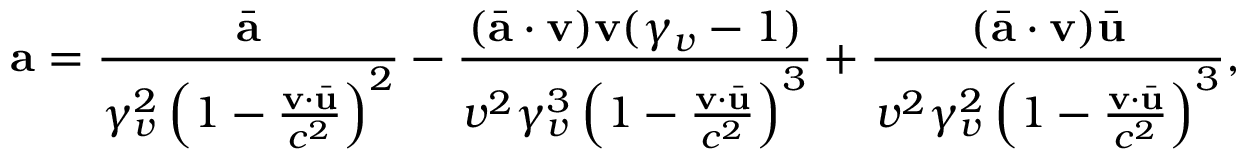
\mathbf { a } = \frac { \bar { \mathbf { a } } } { \gamma _ { v } ^ { 2 } \left( 1 - \frac { \mathbf { v } \cdot \bar { \mathbf { u } } } { c ^ { 2 } } \right) ^ { 2 } } - \frac { ( \bar { \mathbf { a } } \cdot \mathbf { v } ) \mathbf { v } ( \gamma _ { v } - 1 ) } { v ^ { 2 } \gamma _ { v } ^ { 3 } \left( 1 - \frac { \mathbf { v } \cdot \bar { \mathbf { u } } } { c ^ { 2 } } \right) ^ { 3 } } + \frac { ( \bar { \mathbf { a } } \cdot \mathbf { v } ) \bar { \mathbf { u } } } { v ^ { 2 } \gamma _ { v } ^ { 2 } \left( 1 - \frac { \mathbf { v } \cdot \bar { \mathbf { u } } } { c ^ { 2 } } \right) ^ { 3 } } ,